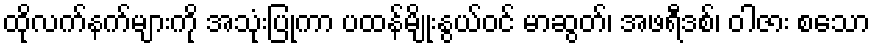
ထိုလက်နက်များကို အသုံးပြုကာ ပထန်မျိုးနွယ်ဝင် မာဆွတ်၊ အဖရီဒစ်၊ ဝါဇား စသော